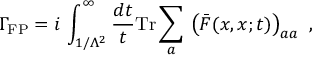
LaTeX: \Gamma _ { \mathrm { F P } } = i \, \int _ { 1 / \Lambda ^ { 2 } } ^ { \infty } \frac { d t } { t } \mathrm { T r } \sum _ { a } \, \left( \bar { F } ( x , x ; t ) \right) _ { a a } \ ,